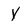
Character: y